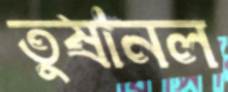
তুষানল